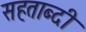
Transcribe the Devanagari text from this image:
सहताब्दी